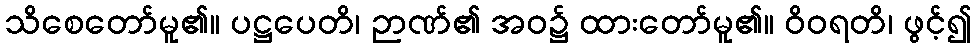
သိစေတော်မူ၏။ ပဋ္ဌပေတိ၊ ဉာဏ်၏ အဝ၌ ထားတော်မူ၏။ ဝိဝရတိ၊ ဖွင့်၍